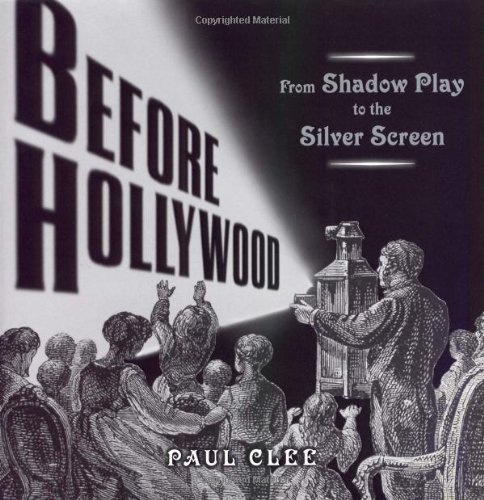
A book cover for Before Hollywood: From Shadow Play to the Silver Screen; Paul Clee; Children's Books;